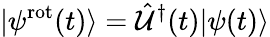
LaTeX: |\psi^{\mathrm{rot}}(t)\rangle=\hat{\mathcal{U}}^{\dagger}(t)|\psi(t)\rangle